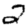
Digit: 2